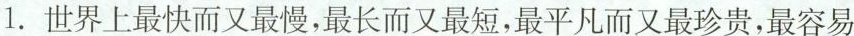
1. 世界上最快而又最慢，最长而又最短，最平凡而又最珍贵，最容易